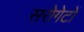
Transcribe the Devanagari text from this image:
सरोगेटों